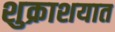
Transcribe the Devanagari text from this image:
शुक्राशयात